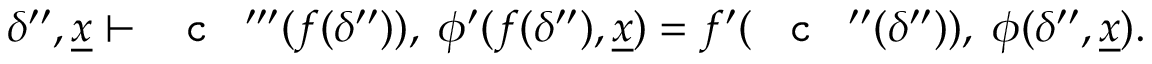
\delta ^ { \prime \prime } , \underline { { x } } \vdash \textnormal { \texttt { c } } ^ { \prime \prime \prime } ( f ( \delta ^ { \prime \prime } ) ) , \; \phi ^ { \prime } ( f ( \delta ^ { \prime \prime } ) , \underline { { x } } ) = f ^ { \prime } ( \textnormal { \texttt { c } } ^ { \prime \prime } ( \delta ^ { \prime \prime } ) ) , \; \phi ( \delta ^ { \prime \prime } , \underline { { x } } ) .